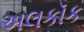
અલકૉક